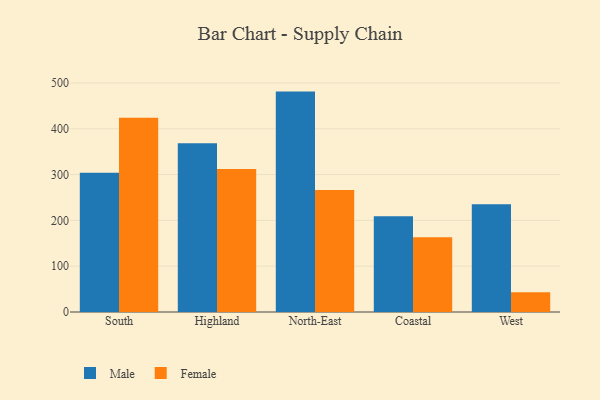
{"axis": {"x": "Region", "y": "Waste Production (Tons)"}, "legend": ["Female", "Male"], "data": [{"x": "South", "y": 304.0, "type": "Male"}, {"x": "South", "y": 423.8, "type": "Female"}, {"x": "Highland", "y": 368.5, "type": "Male"}, {"x": "Highland", "y": 312.3, "type": "Female"}, {"x": "North-East", "y": 481.1, "type": "Male"}, {"x": "North-East", "y": 266.3, "type": "Female"}, {"x": "Coastal", "y": 209.2, "type": "Male"}, {"x": "Coastal", "y": 163.0, "type": "Female"}, {"x": "West", "y": 235.4, "type": "Male"}, {"x": "West", "y": 43.2, "type": "Female"}]}